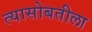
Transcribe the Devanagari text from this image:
त्यासोबतीला